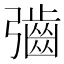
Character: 𫹁